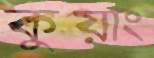
কুয়াং